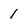
Character: 1